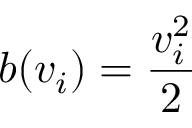
b ( v _ { i } ) = { \frac { v _ { i } ^ { 2 } } { 2 } }